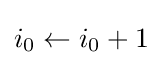
i_{0}\leftarrow i_{0}+1